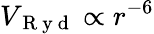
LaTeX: V_{\mathrm{~R~y~d~}}\propto r^{-6}